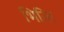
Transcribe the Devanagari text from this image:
भित्‍ति